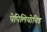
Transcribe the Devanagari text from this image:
पेपिलियोनिड